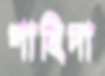
শাহিদা